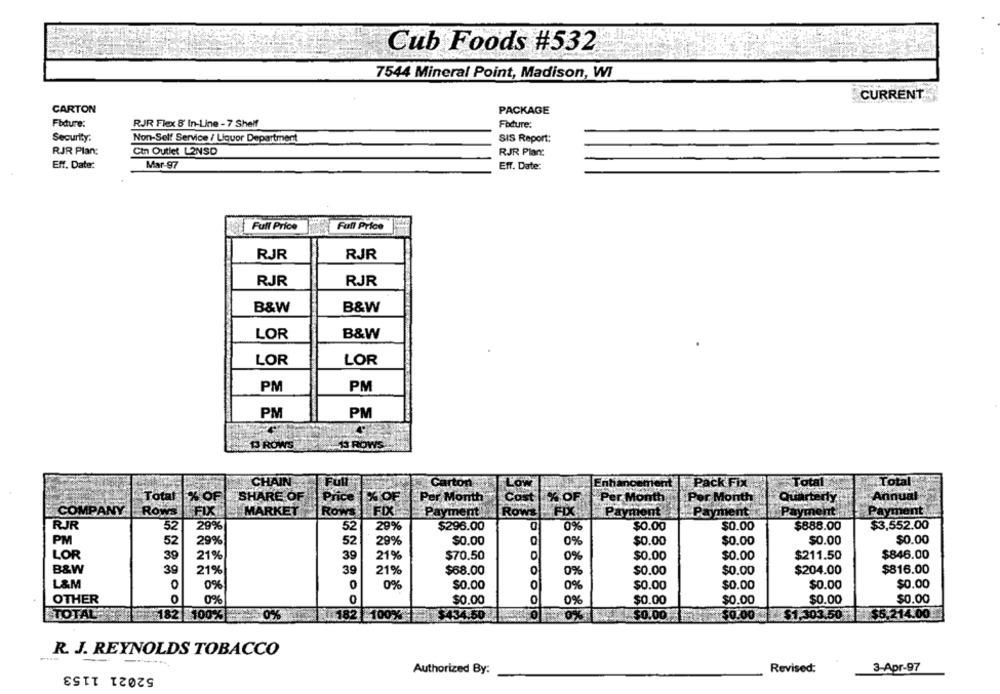
Cub Foods #532
7544 Mineral Point, Madison, WI
CURRENT
CARTON
PACKAGE
Fbdure:
RJR Flex 8 In-Line - 7 Shelf
Fodure:
Security:
Non-Self Service / Liquor Department
SIS Report:
RJR Plan:
Cin Outlet L2NSD
RJR Plant
Eff. Date:
Mar-97
Eff. Date:
Full Price
Full Price
RJR
RJR
RJR
RJR
B&W
B&W
LOR
B&W
LOR
LOR
PM
PM
PM
PM
13 ROWS
13 ROWS
CHAIN
Full
Carton
Pack FIX
Total
Total % OF
% OF
SHARE OF
Price
% OF
Per Month
% OF
Per Month
Annual
Per Month
Quarter
COMPANY.
Rows
FIX
MARKET
ROWS
FIX
Payment
Payment
Payment
Payment
Payment
RJR
52
29%
52
29%
$296.00
0%
$0.00
$0.00
$888.00
$3,552.00
PM
52
29%
52
29%
$0.00
0%
$0.00
$0.00
$0.00
$0.00
LOR
21%
$70.50
$0.00
$211.50
$846.00
39
21%
39
0%
$0.00
B&W
$816.00
39
21%
39
21%
$68.00
0%
$0.00
$0.00
$204.00
L&M
0%
0
0%
$0.00
0
0%
$0.00
$0.00
$0.00
$0.00
OTHER
0%
0
$0.00
0%
$0.00
$0.00
$0.00
$0.00
TOTAL
182 100%
50%
182
100%
$434.50
0%
$0.00
$0.00 €
$03.50
$5,214.00
R. J. REYNOLDS TOBACCO
52021 1153
Authorized By:
Revised:
3-Apr-97